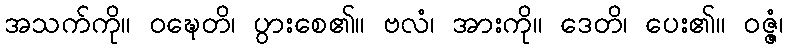
အသက်ကို။ ဝဍ္ဎေတိ၊ ပွားစေ၏။ ဗလံ၊ အားကို။ ဒေတိ၊ ပေး၏။ ဝဇ္ဇံ၊